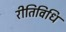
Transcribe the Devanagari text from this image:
रीतिविधि